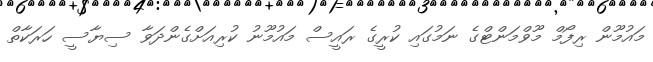
މައުމޫން ރިފޯމް މޫވްމަންޓްގެ ނަމުގައި ކުރީގެ ރައީސް މައުމޫނު ކުރިއަށްގެންދަވާ ސިޔާސީ ހަރަކާތް